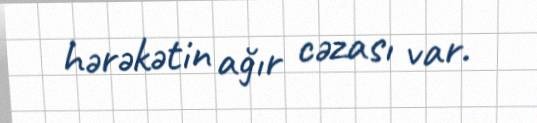
hərəkətin ağır cəzası var.